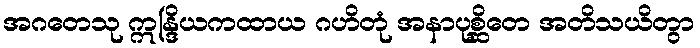
အဂတေသု ဣန္ဒြိယကထာယ ဂဟိတုံ အနာပုစ္ဆိတေ အတိသယိတွာ